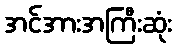
အင်အားအကြီးဆုံး